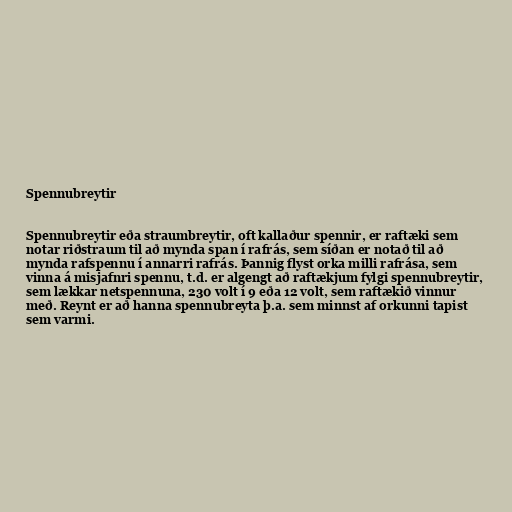
Spennubreytir

Spennubreytir eða straumbreytir, oft kallaður spennir, er raftæki sem
notar riðstraum til að mynda span í rafrás, sem síðan er notað til að
mynda rafspennu í annarri rafrás. Þannig flyst orka milli rafrása, sem
vinna á misjafnri spennu, t.d. er algengt að raftækjum fylgi spennubreytir,
sem lækkar netspennuna, 230 volt í 9 eða 12 volt, sem raftækið vinnur
með. Reynt er að hanna spennubreyta þ.a. sem minnst af orkunni tapist
sem varmi.